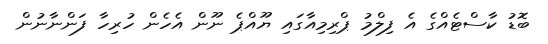
ބޮޑު ކާސްޓެއްގެ އެ ފިލްމު ޕްރިމިއާގައި ޔޫއްޕެ ނޫން އެެހެން ހުރިހާ ފަންނާނުން